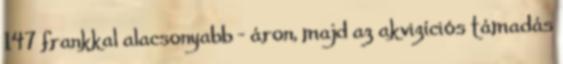
147 frankkal alacsonyabb - áron, majd az akvizíciós támadás